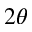
2 \theta